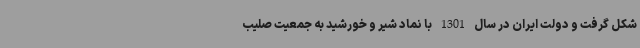
شکل گرفت و دولت ایران در سال 1301 با نماد شیر و خورشید به جمعیت صلیب